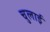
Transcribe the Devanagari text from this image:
चुलाई